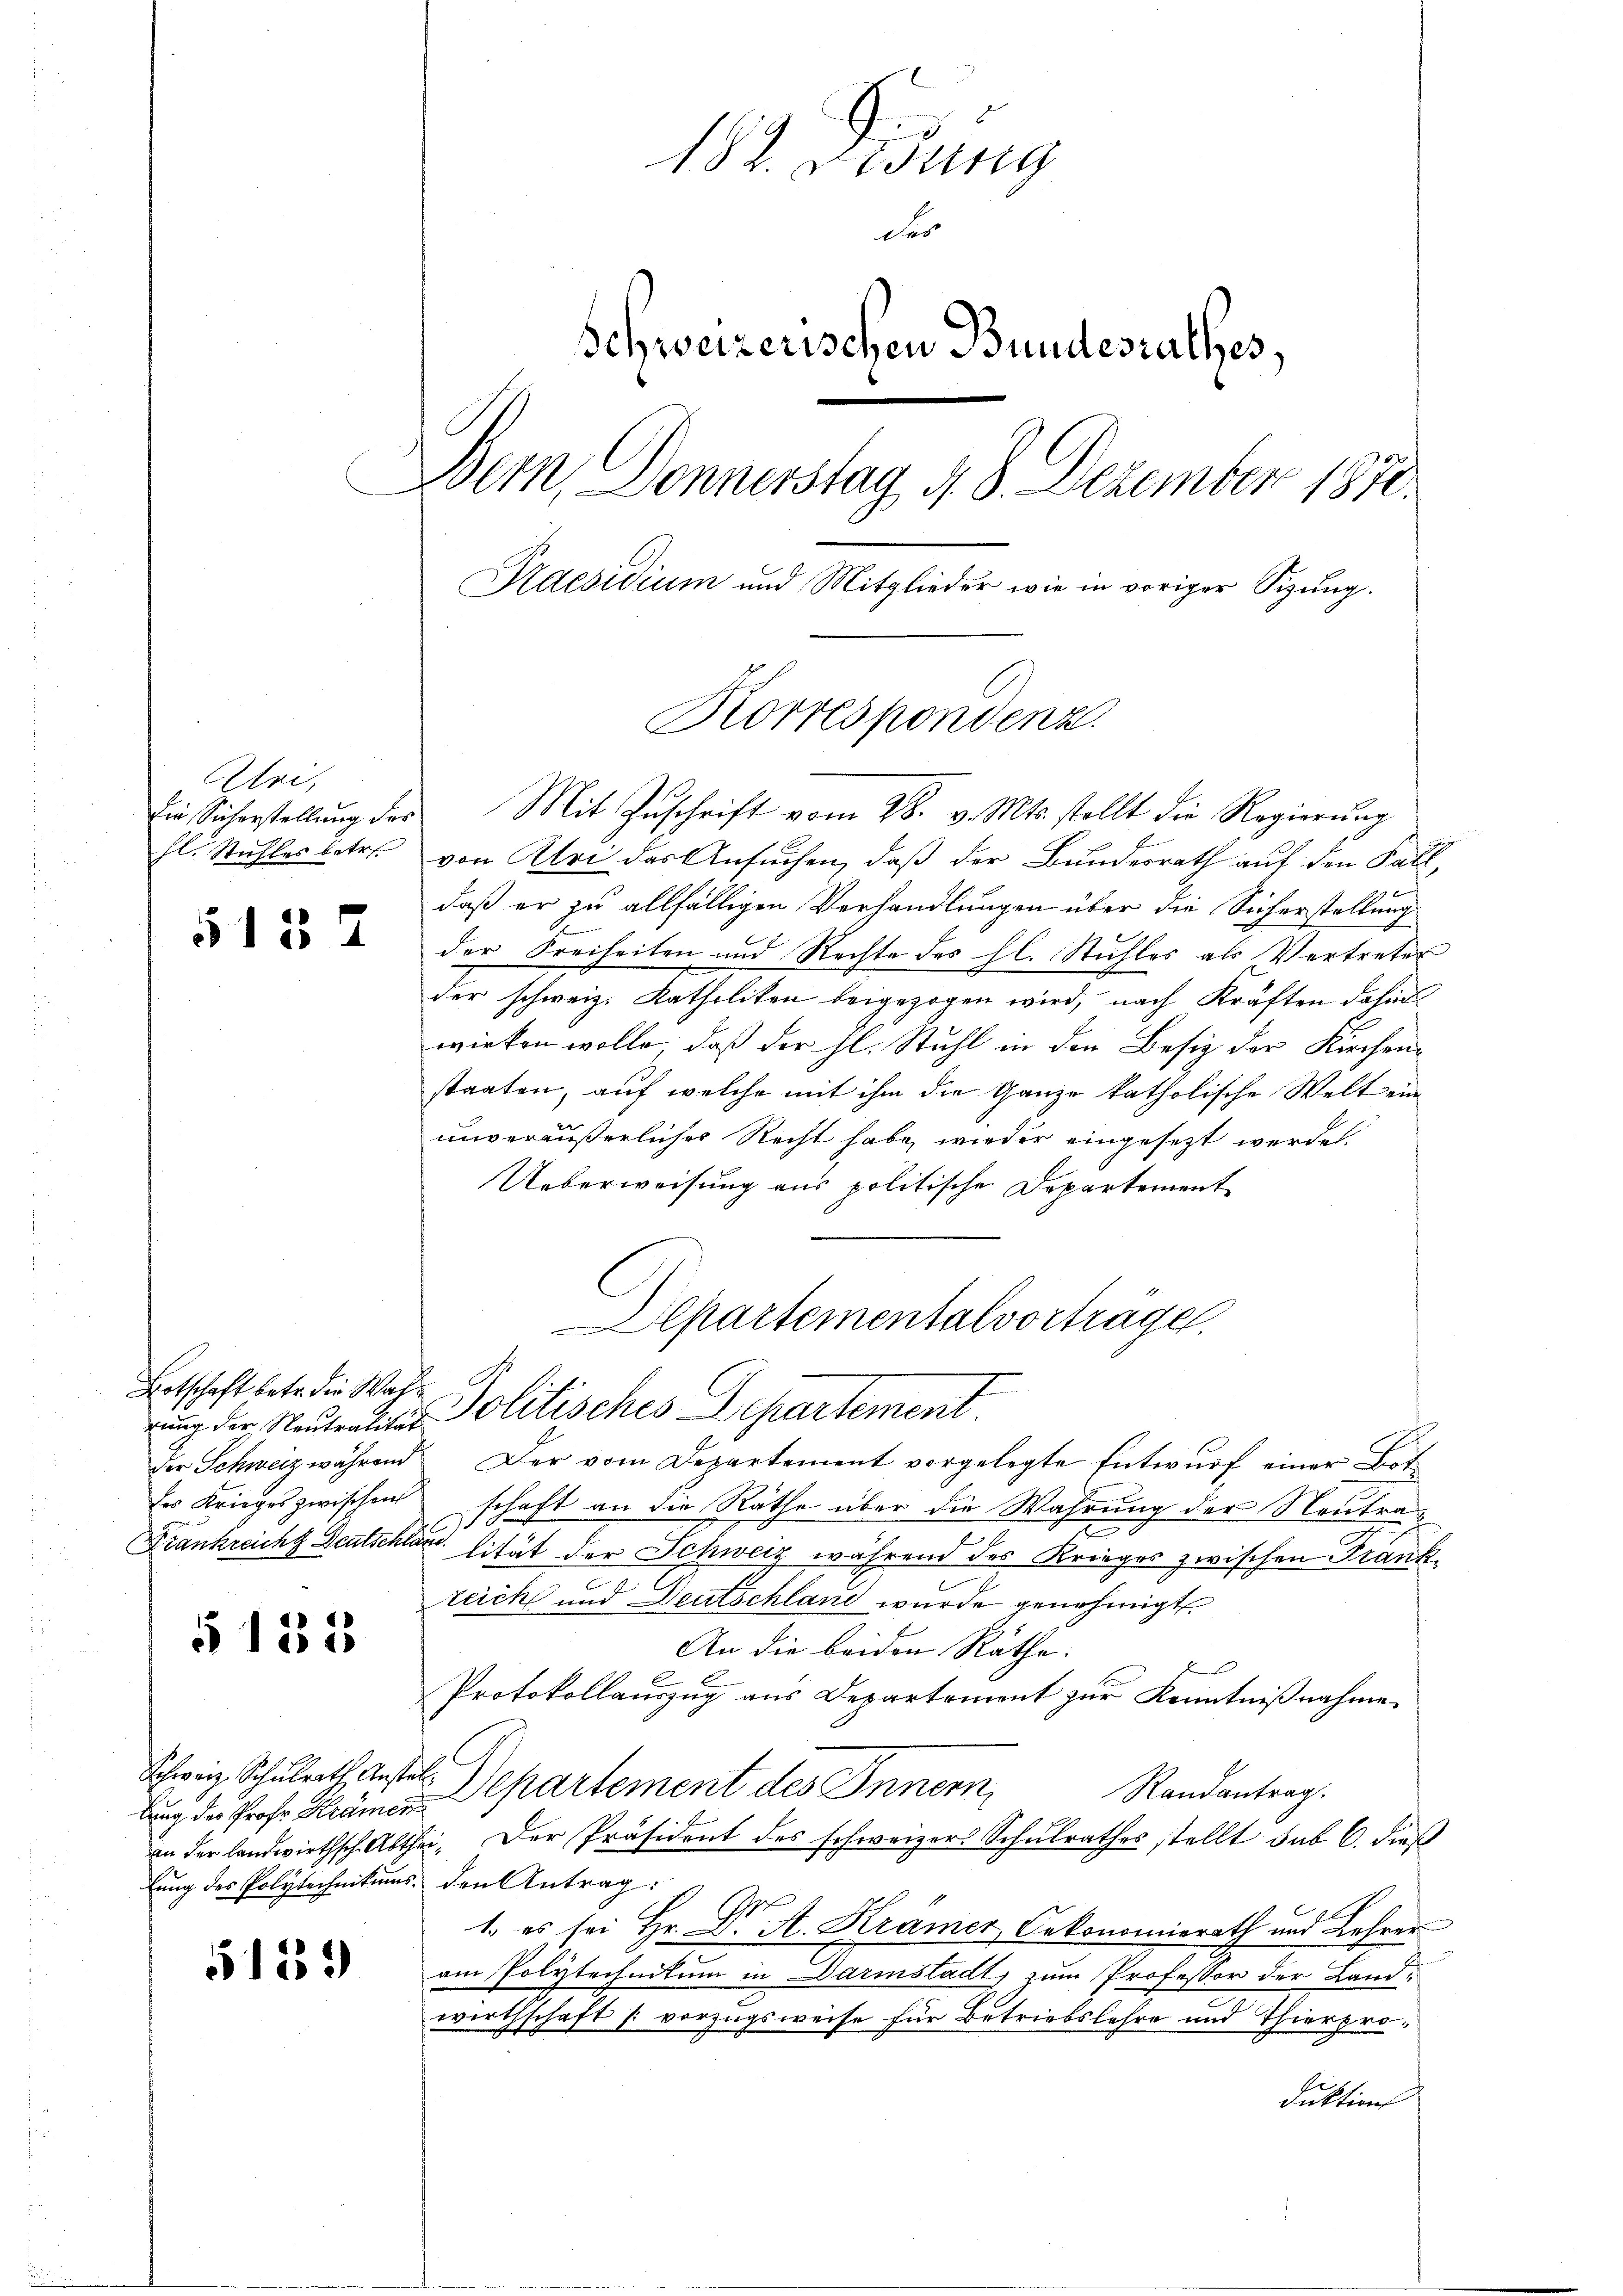
Alri,
hl. Stuhles betr.

5137

Botschaft betr. die Wahr

§ 133

Schweiz Schulrath Anstallŭng des Polytechnitums- den Antrag:

5159

182. ung
der
Schweizerischen Bundesrathes,
Bern, Donnerstag d. 8. Dezember 1870.
Rdesidium und Mitglieder wie in voriger Sitzŭng
Korrespondenz.

Die Sicherstellŭng der Mit Zŭschrift vom 28. v. Mts. stellt die Regierŭng
von Klei der Ansuchen, daß der Bundesrath auf den Fall,
daß er zu allfälligen Verhandlungen über die Sicherstellung
der Freiheiten und Rechte des hl. Stuhles als Vertreter
der schweiz. Katholikon beigezogen wird, nach Kräften dahin
wirken wolle, daß der hl. Stuhl in den Besiz der Kirchen-
staaten, auf welche mit ihm die Ganze katholische Welt einunveräußerliches Recht habe, wieder eingesezt werden.
Ueberweisung aus politische Departement
Departementalvorträge.

rung der Neutraliten Politisches Departement.

der Schweiz während Der vom Departement vorgelegte Entwurf einer Bot
er Krieges zwischen schaft an die Räthe über die Wahrung der Neutrae
Frankreicht Deutschler lität der Schweiz während des Krieges zwischen Frankzeich und Deutschland wurde genehmigt.
An die beiden Räthe.
f
Protokollauszug aus Departement zur Kenntnißnahme
Randantrag.
uung der Prof. Krämer Departement des Innern,
an der landwirthsch. Abthei. Der Präsident des schweizers Schulrathes stellt sub 6. dieß
p
1. es sei Hr. D. A. Krämer Oekonomierath und Lehrer
am Polytechnikum in Darmstadt, zum Professor der Landwirthschaft vorzugsweise für Betriebslehre und Thierproduktions